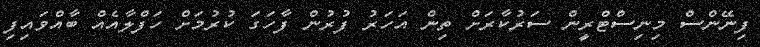
ފިނޭންސް މިނިސްޓްރީން ސަރުކާރަށް ތިން އަހަރު ފުރުން ފާހަގަ ކުރުމަށް ހަފްލާއެއް ބާއްވައިފި